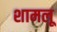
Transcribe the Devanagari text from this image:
शामलू